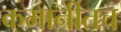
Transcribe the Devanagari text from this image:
कमानीतच